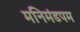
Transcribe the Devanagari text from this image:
मनिमंडपम